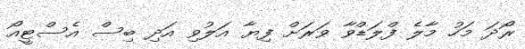
ރޯދަ މަހު މާލެ ފްލަޑްވާ ވަރަށް ފިޔާ އަލުވި އަދި ބިސް އެސްޓީއޯ